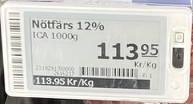
Vara: Nötfärs 12%
Genomsnittspris: 113.95 per kg